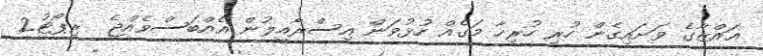
ޣައްޒާގެ ވަށައިގެން ހުރި ހުރިހާ މަގެއް ހުޅުވަން އިސްރާއީލުން އެއްބަސްވެއްޖެ  ރިޕޯޓު2